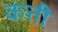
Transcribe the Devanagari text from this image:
कत्ती